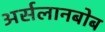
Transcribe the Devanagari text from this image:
अर्सलानबोब